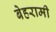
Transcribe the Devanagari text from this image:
बेहरामी